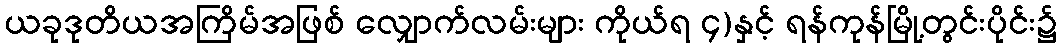
ယခုဒုတိယအကြိမ်အဖြစ် လျှောက်လမ်းများ ကိုယ်ရ ၄)နှင့် ရန်ကုန်မြို့တွင်းပိုင်း၌